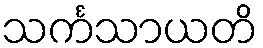
သင်္ကသာယတိ